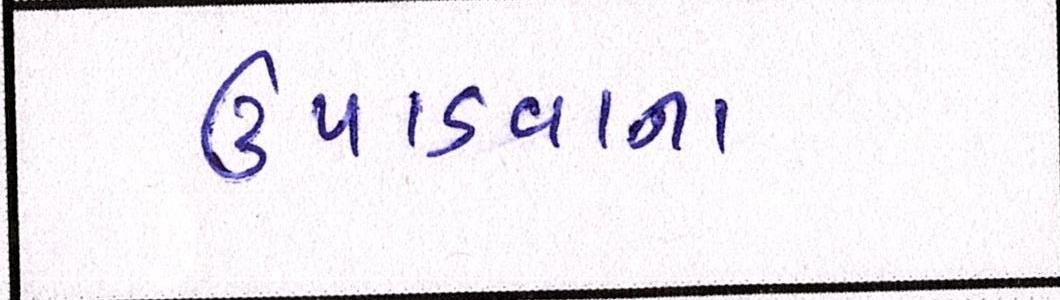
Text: ઉપાડવાના